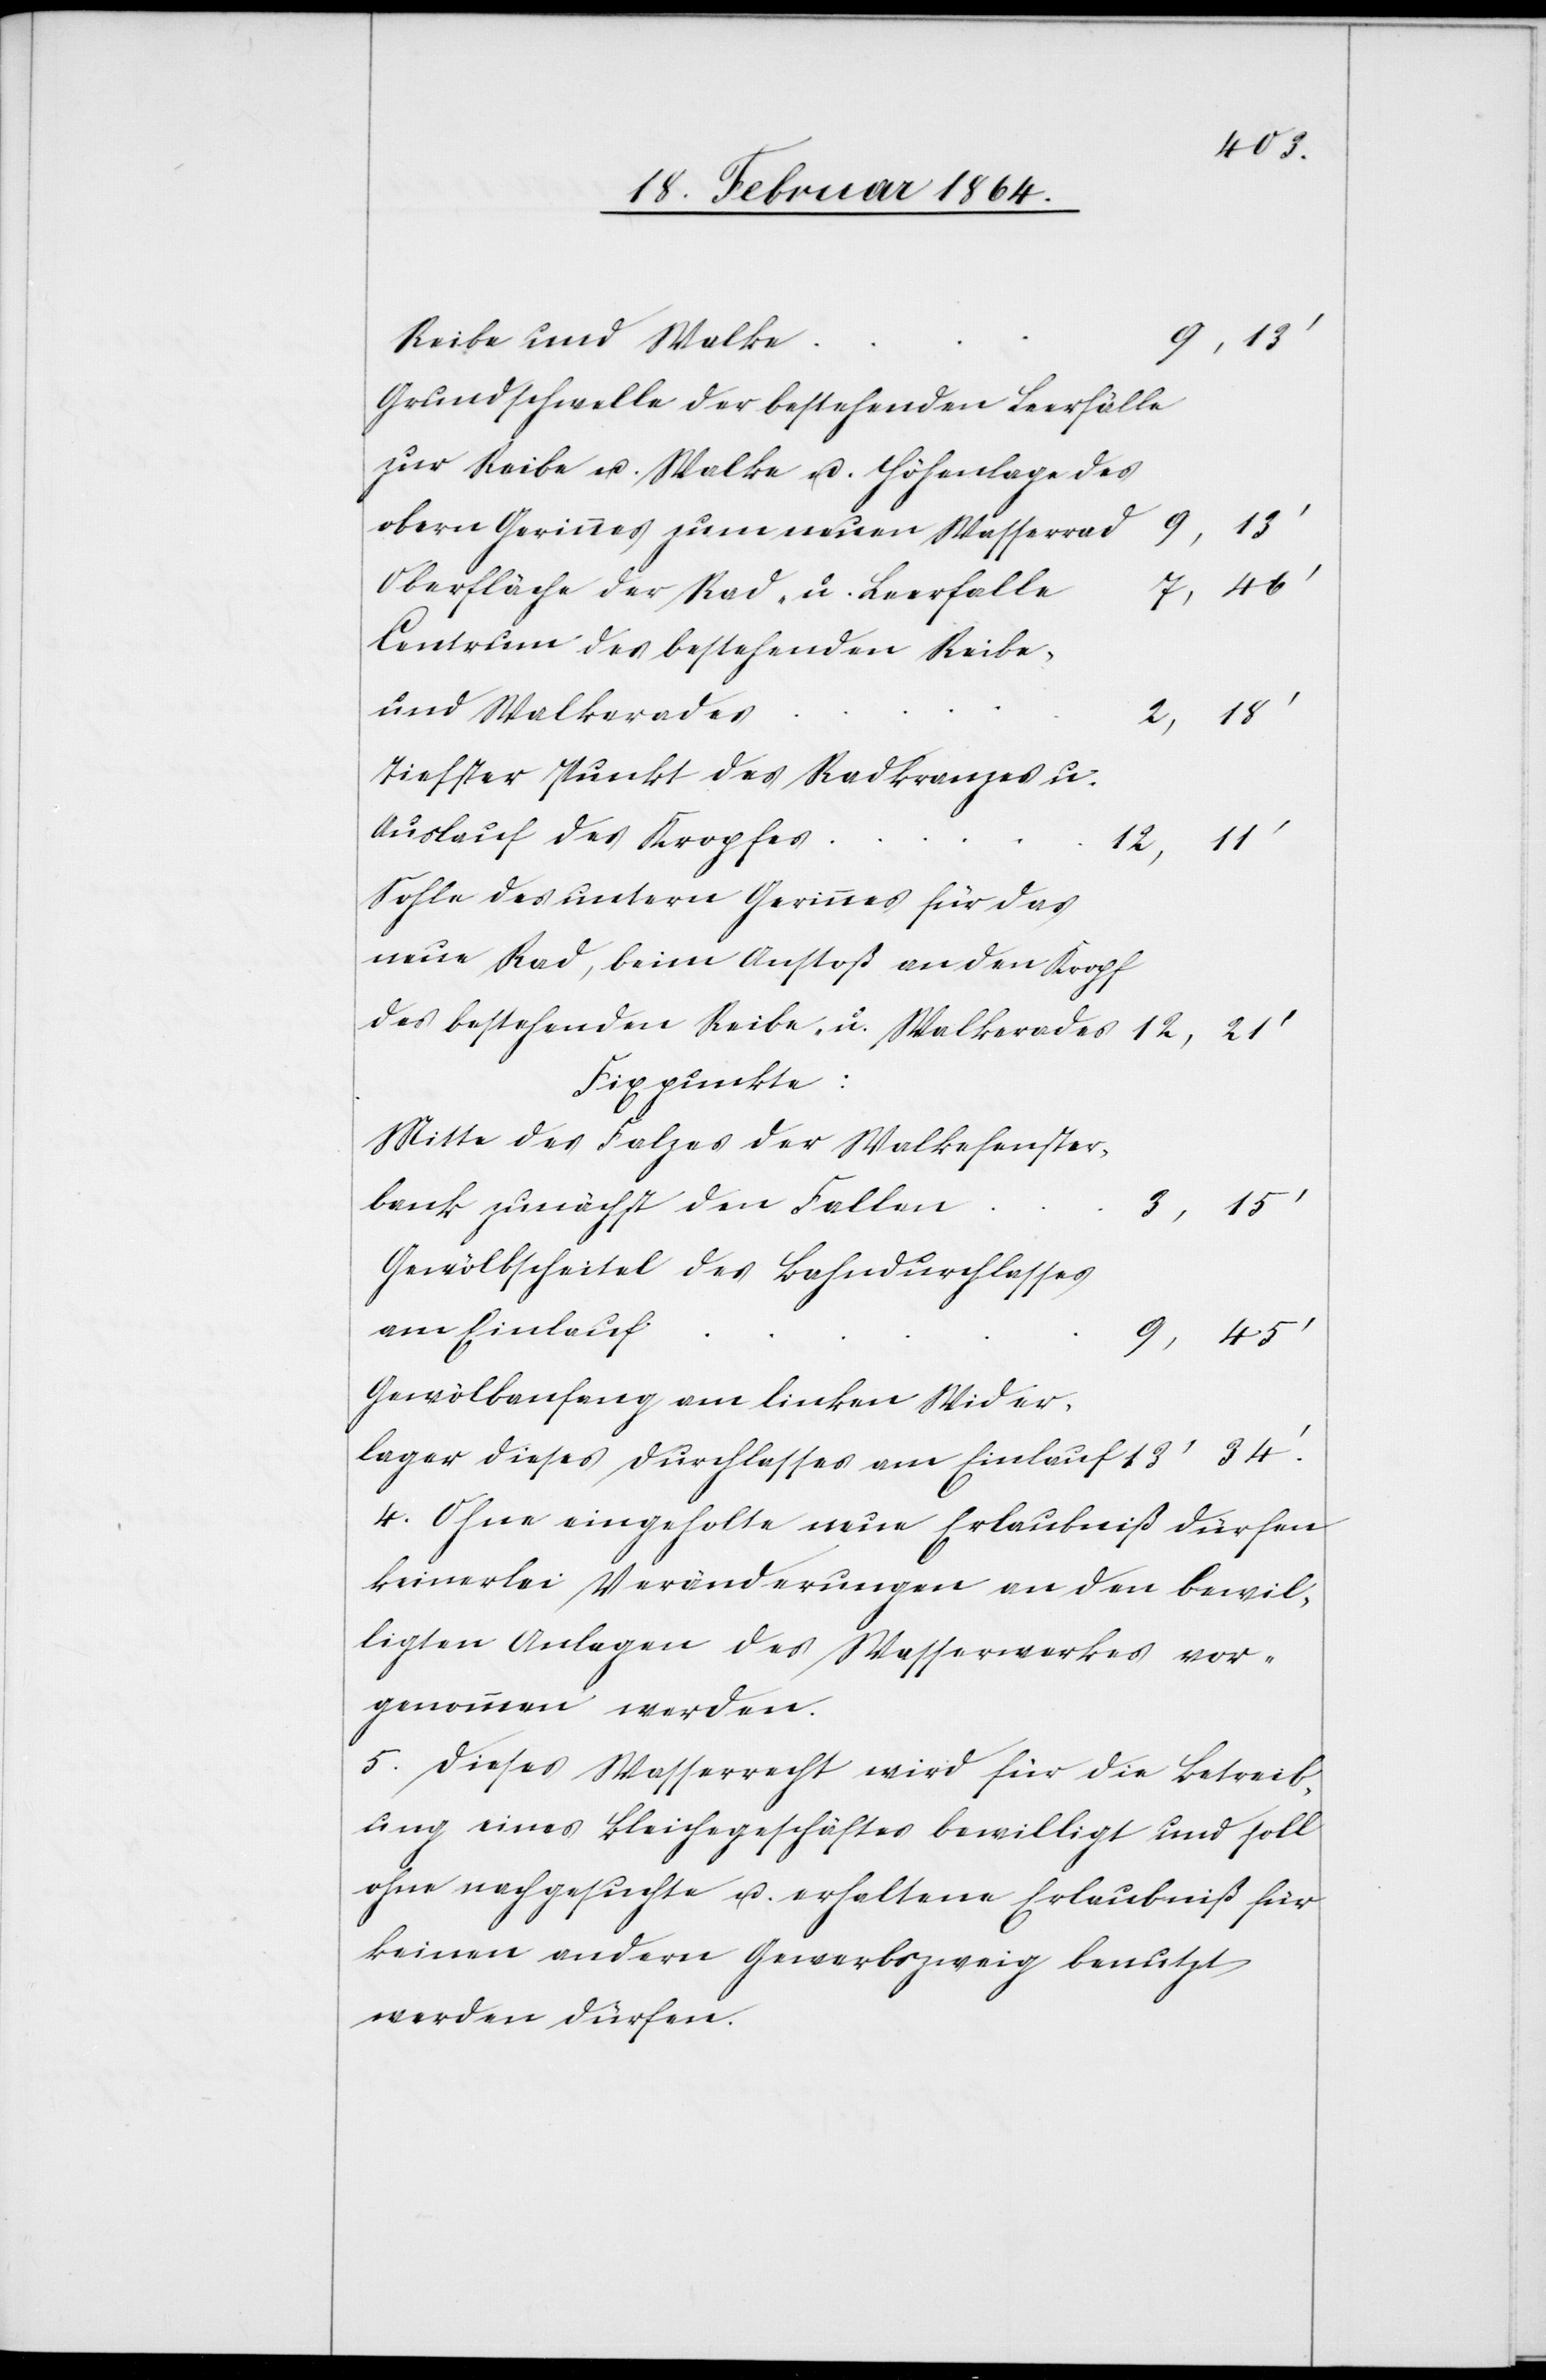
n			3,
Reibe u. Walke
Grundschwelle der bestehenden Leerfälle
obern Gerinnes zum neuen Wasserra¬
s
Oberfläche der Rad- u. Leerfall¬
Centrum des bestehenden Reibe-
e						7,
Tiefster Punkt des Radkranzes u.
Auslauf des Kropfe¬
12, 11’
Sohle des untern Gerinnes für das
neue Rad, beim Anstoß an den Kropf
des bestehenden Reibe- u. Walkerade¬
12, 21’
Fixpunkte:
Mitte des Falzes der Walkefenster¬
bank zunächst den Falle¬
Gewölbscheitel des Bahndurchlasses
Gewölbanfang am linken Wider¬
lager dieses Durchlasses am Einlauf	 13’ 34’.
4. Ohne eingeholte neue Erlaubniß dürfen
keinerlei Veränderungen an den bewil¬
ligten Anlagen des Wasserwerkes vor¬
genommen werden.
5. Dieses Wasserrecht wird für die Betreib¬
ung eines Bleichegeschäftes bewilligt und soll
ohne nachgesuchte u. erhaltene Erlaubniß für
keinen andern Gewerbszweig benutzt
werden dürfen.